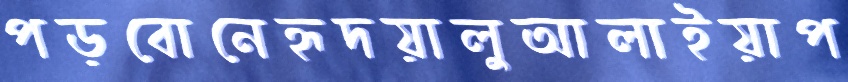
পড়বোনেহৃদয়ালুআলাইয়াপ